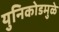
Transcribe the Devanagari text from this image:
युनिकोडमुळे